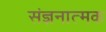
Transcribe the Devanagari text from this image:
संज्ञनात्मक